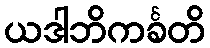
ယဒါဘိကင်္ခတိ